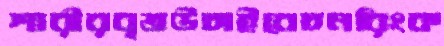
শারীরবৃত্তউচাইবেচনরিংক